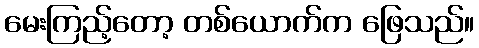
မေးကြည့်တော့ တစ်ယောက်က ဖြေသည်။